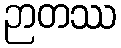
ဉာတဿ